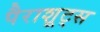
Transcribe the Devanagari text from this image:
पैराशूट्स